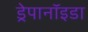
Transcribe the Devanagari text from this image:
ड्रेपानॉइडा